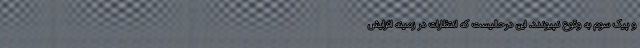
و پیک سوم به وقوع نپیوندد. این درحالیست که انتظارات در زمینه افزایش